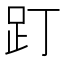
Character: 䟓